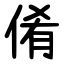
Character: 倄